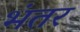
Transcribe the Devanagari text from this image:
भंतर